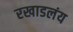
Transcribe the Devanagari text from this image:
रखाडलंय